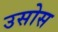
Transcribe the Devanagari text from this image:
उसोस